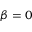
\beta = 0